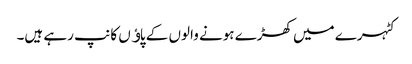
کٹہرے میں کھڑے ہونے والوں کے پاﺅں کانپ رہے ہیں۔